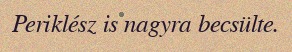
Periklész is nagyra becsülte.